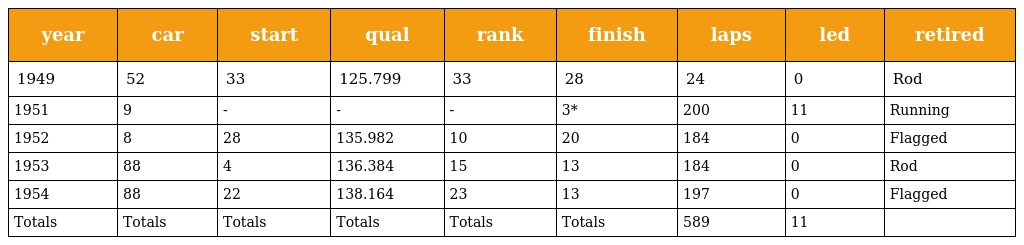
| year | car | start | qual | rank | finish | laps | led | retired |
 | --- | --- | --- | --- | --- | --- | --- | --- | --- |
 | 1949 | 52 | 33 | 125.799 | 33 | 28 | 24 | 0 | Rod |
 | 1951 | 9 | - | - | - | 3* | 200 | 11 | Running |
 | 1952 | 8 | 28 | 135.982 | 10 | 20 | 184 | 0 | Flagged |
 | 1953 | 88 | 4 | 136.384 | 15 | 13 | 184 | 0 | Rod |
 | 1954 | 88 | 22 | 138.164 | 23 | 13 | 197 | 0 | Flagged |
 | Totals | Totals | Totals | Totals | Totals | Totals | 589 | 11 |  |